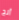
آنج